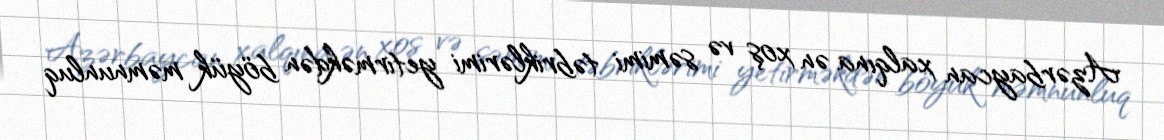
Azərbaycan xalqına ən xoş və səmimi təbriklərimi yetirməkdən böyük məmnunluq